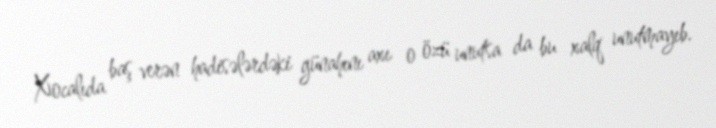
Xocalıda baş verən hadisələrdəki günahını axı o özü unutsa da bu xalq unutmayıb.